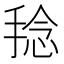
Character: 𱠑